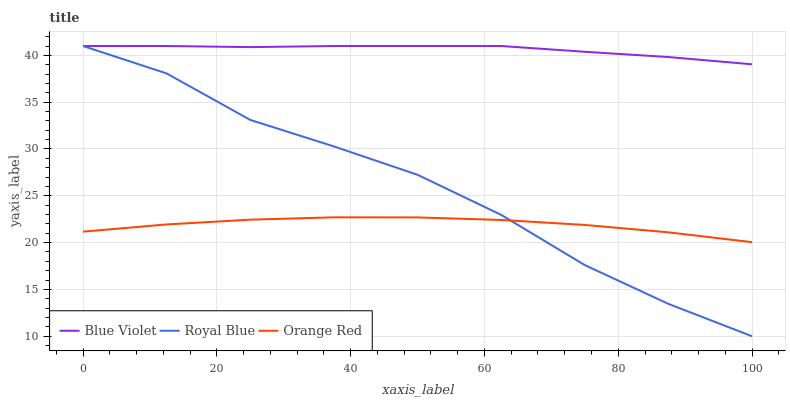
| xaxis_label | Blue Violet | Royal Blue | Orange Red |
 | --- | --- | --- | --- |
 | 0 | 41 | 41 | 21.2 |
 | 12.5 | 41 | 38.1 | 21.9 |
 | 25 | 40.9 | 33.1 | 22.5 |
 | 37.5 | 41 | 30.3 | 22.7 |
 | 50 | 41 | 27.2 | 22.7 |
 | 62.5 | 41 | 23 | 22.4 |
 | 75 | 40.4 | 17.6 | 21.9 |
 | 87.5 | 39.8 | 13.5 | 21.1 |
 | 100 | 39 | 10 | 20 |